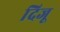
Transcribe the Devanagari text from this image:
दिजू